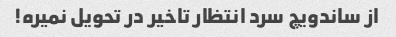
از ساندویچ سرد انتظار تاخیر در تحویل نمیره!